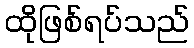
ထိုဖြစ်ရပ်သည်